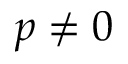
p \neq 0